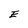
Character: E